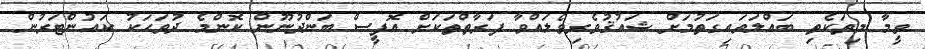
ވީމާ މިތަކެތި ބައްލަވައިގަތުމަށް ޝައުޤުވެރިވެލައްވާ ފަރާތްތަކަށް އޮފީސް ބަންދުނޫން ކޮންމެ ދުވަހަކު ކައުންޓަރުން